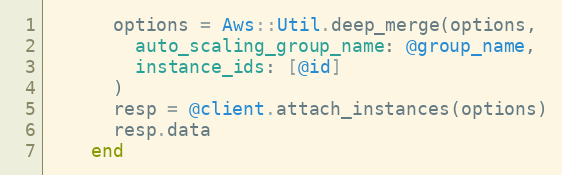
Language: Ruby
      options = Aws::Util.deep_merge(options,
        auto_scaling_group_name: @group_name,
        instance_ids: [@id]
      )
      resp = @client.attach_instances(options)
      resp.data
    end